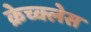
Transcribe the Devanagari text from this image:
क्रेच्क्लेस